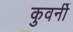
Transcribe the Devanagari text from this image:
कुवर्नी